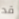
قد